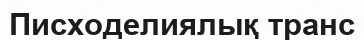
Писходелиялық транс